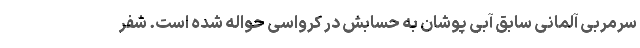
سرمربی آلمانی سابق آبی پوشان به حسابش در کرواسی حواله شده است. شفر